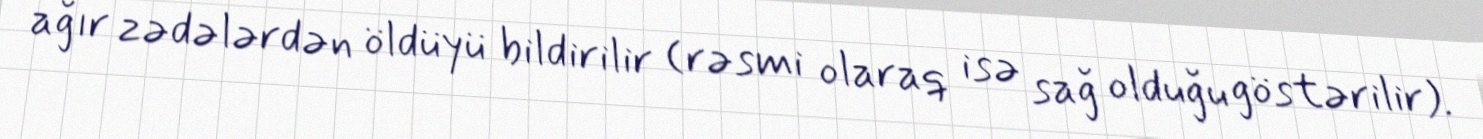
ağır zədələrdən öldüyü bildirilir (rəsmi olaraq isə sağ olduğu göstərilir).